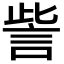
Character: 訾